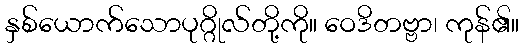
နှစ်ယောက်သောပုဂ္ဂိုလ်တို့ကို။ ဝေဒိတဗ္ဗာ၊ ကုန်၏။